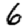
Digit: 6